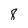
Character: 8